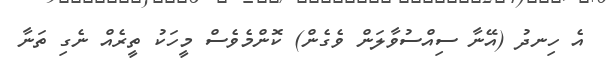
އެ ހިނދު (އޭނާ ސިއްސުވާލަން ވެގެން) ކޮންމެވެސް މީހަކު ތީރެއް ނެގި ތަނާ